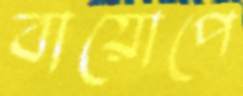
বায়োপে